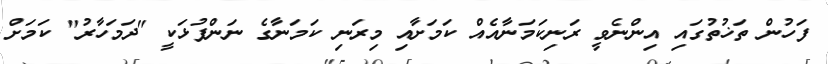
ފަހުން ތަޚުތުގައި އިންނެވީ ރަނިކަމަނާއެއް ކަމަށާއި މިރަނި ކަމަނާގެ ނަންފުޅަކީ "ދަމަހާރު" ކަމަށް